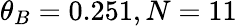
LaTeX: \theta_{B}=0.251,N=11